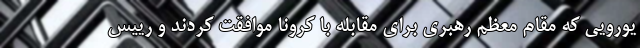
یورویی که مقام معظم رهبری برای مقابله با کرونا موافقت کردند و رییس